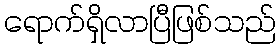
ရောက်ရှိလာပြီဖြစ်သည်